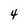
Character: 4